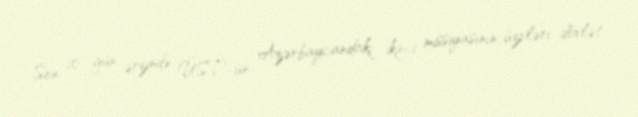
Son 10 gün ərzində ÜST-ün Azərbaycandakı ikinci missiyasının üzvləri dövlət